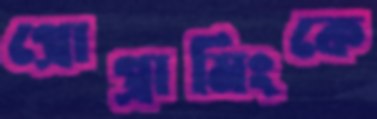
প্রোগ্রামিংকে